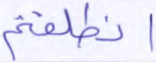
انطلقتم